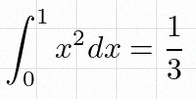
\int_0^1 x^2dx=\frac13